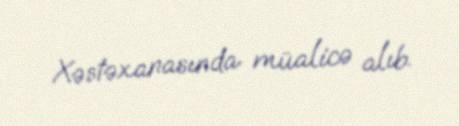
Xəstəxanasında müalicə alıb.